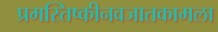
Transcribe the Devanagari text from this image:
प्रमस्तिष्कीनवजातकामला